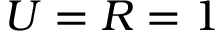
U = R = 1